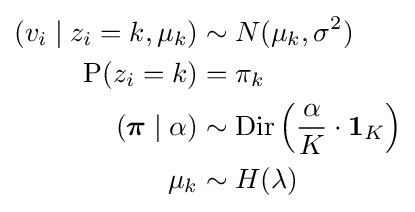
{\begin{aligned}(v_{i}\mid z_{i}=k,\mu _{k})&\sim N(\mu _{k},\sigma ^{2})\\\operatorname {P} (z_{i}=k)&=\pi _{k}\\({\boldsymbol {\pi }}\mid \alpha )&\sim \operatorname {Dir} \left({\frac {\alpha }{K}}\cdot \mathbf {1} _{K}\right)\\\mu _{k}&\sim H(\lambda )\end{aligned}}